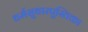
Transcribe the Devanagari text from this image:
धर्मसुधारपुस्तिका